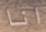
انا